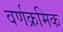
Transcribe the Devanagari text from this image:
वर्णक्रमिक